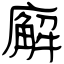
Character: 廨